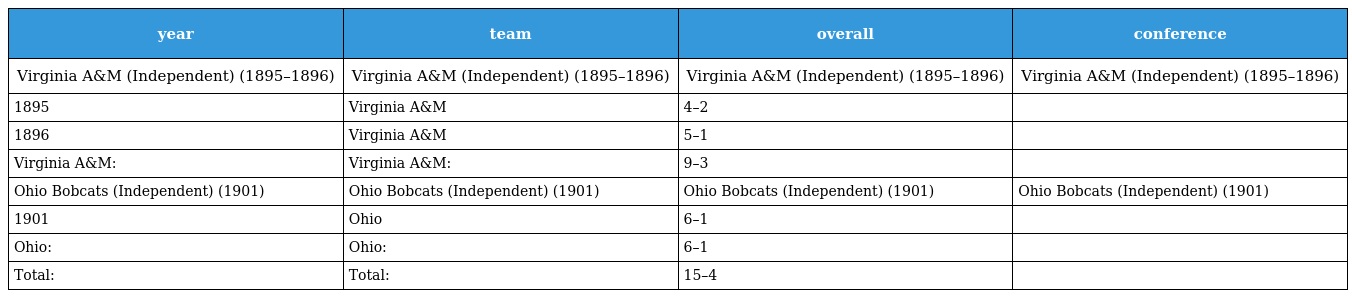
| year | team | overall | conference |
 | --- | --- | --- | --- |
 | Virginia A&M (Independent) (1895–1896) | Virginia A&M (Independent) (1895–1896) | Virginia A&M (Independent) (1895–1896) | Virginia A&M (Independent) (1895–1896) |
 | 1895 | Virginia A&M | 4–2 |  |
 | 1896 | Virginia A&M | 5–1 |  |
 | Virginia A&M: | Virginia A&M: | 9–3 |  |
 | Ohio Bobcats (Independent) (1901) | Ohio Bobcats (Independent) (1901) | Ohio Bobcats (Independent) (1901) | Ohio Bobcats (Independent) (1901) |
 | 1901 | Ohio | 6–1 |  |
 | Ohio: | Ohio: | 6–1 |  |
 | Total: | Total: | 15–4 |  |